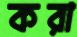
করা